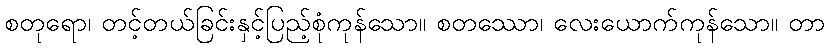
စတုရော၊ တင့်တယ်ခြင်းနှင့်ပြည့်စုံကုန်သော။ စတဿော၊ လေးယောက်ကုန်သော။ တာ